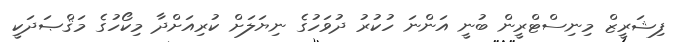
ފިޝަރީޒް މިނިސްޓްރީން ބުނީ އަންނަ ހުކުރު ދުވަހުގެ ނިޔަލަށް ކުރިއަށްދާ މިކޯހުގެ މަޤްޞަދަކީ